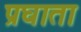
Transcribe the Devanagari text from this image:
प्रघाता